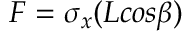
F = \sigma { _ x } ( L c o s \beta )